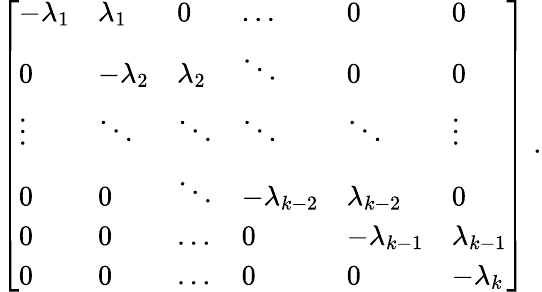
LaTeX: \left[{\begin{array}{llllll}{-\lambda_{1}}&{\lambda_{1}}&{0}&{\dots}&{0}&{0}\\ {0}&{-\lambda_{2}}&{\lambda_{2}}&{\ddots}&{0}&{0}\\ {\vdots}&{\ddots}&{\ddots}&{\ddots}&{\ddots}&{\vdots}\\ {0}&{0}&{\ddots}&{-\lambda_{k-2}}&{\lambda_{k-2}}&{0}\\ {0}&{0}&{\dots}&{0}&{-\lambda_{k-1}}&{\lambda_{k-1}}\\ {0}&{0}&{\dots}&{0}&{0}&{-\lambda_{k}}\end{array}}\right]\; .